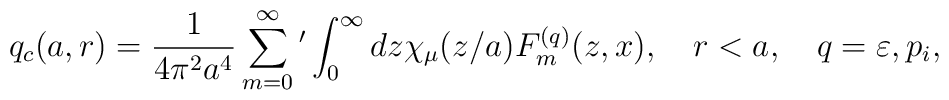
q_c(a,r)=\frac{1}{4\pi ^2a^4}\sum_{m=0}^{\infty}{'}\int_{0}^{\infty}{dz\chi _\mu (z/a)F_m^{(q)}(z,x)}, \quad r<a,\quad q=\varepsilon ,p_i,